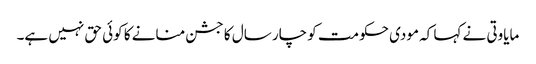
مایاوتی نے کہا کہ مودی حکومت کو چار سال کا جشن منانے کا کوئی حق نہیں ہے۔